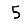
Digit: 5